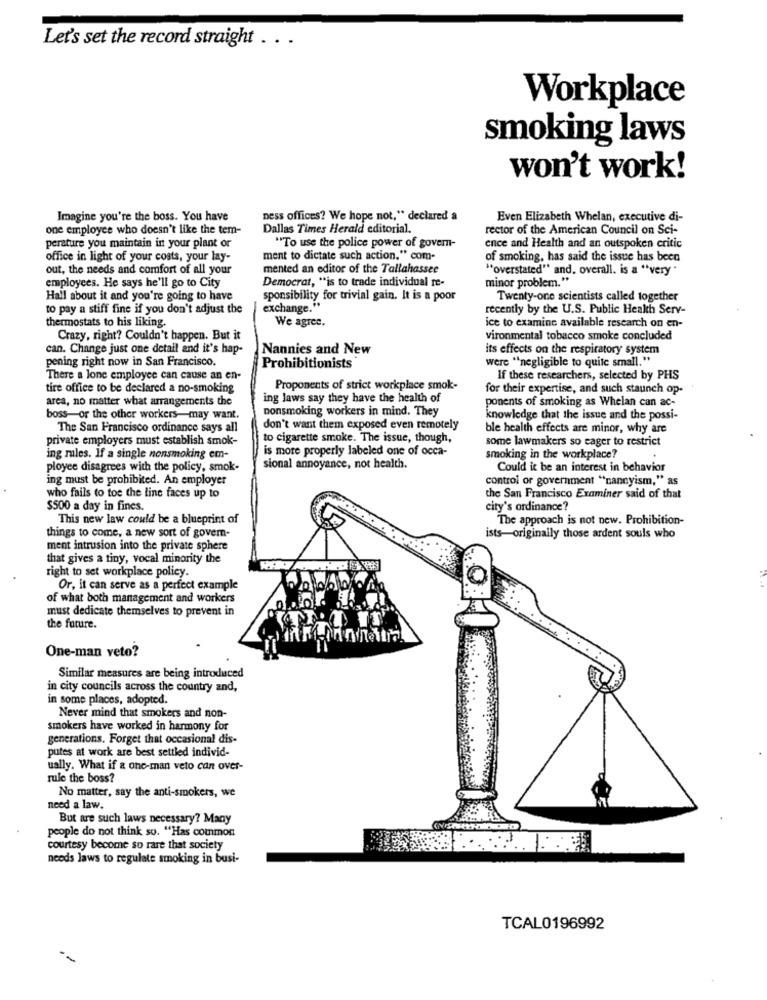
Let's set the record straight . . .
Workplace
smoking laws
won't work!
Imagine you're the boss. You have
ness offices? We hope not," declared a
Even Elizabeth Whelan, executive di-
one employee who doesn't like the tem-
Dallas Times Herald editorial.
rector of the American Council on Sci-
perature you maintain in your plant or
"To use the police power of govern-
ence and Health and an outspoken critic
office in light of your costs, your lay-
ment to dictate such action." com-
of smoking, has said the issue has been
out, the needs and comfort of all your
mented an editor of the Tallahassee
"overstated" and, overall. is a "very "
Democrat, "is to trade individual re-
minor problem."
employees. He says he'll go to City
Hall about it and you're going to have
sponsibility for trivial gain. It is a poor
Twenty-one scientists called together
to pay a stiff fine if you don't adjust the
exchange."
recently by the U.S. Public Health Serv-
thermostats to his liking.
We agree.
ice to examine available research on en-
Crazy, right? Couldn't happen. But it
vironmental tobacco smoke concluded
can. Change just one detail and it's hap-
Nannies and New
its effects on the respiratory system
pening right now in San Francisco.
were "negligible to quite small."
Prohibitionists
There a lone employee can cause an en-
If these researchers, selected by PHS
tire office to be declared a no-smoking
Proponents of strict workplace smok-
for their expertise, and such staunch op-
area, no matter what arrangements the
ing laws say they have the health of
nonsmoking workers in mind. They
ponents of smoking as Whelan can ac-
boss-or the other workers-may want.
knowledge that the issue and the possi-
The San Francisco ordinance says all
don't want them exposed even remotely
ble health effects are minor, why are
private employers must establish smok-
to cigarette smoke. The issue, though,
some lawmakers so eager to restrict
is more properly labeled one of occa-
ing mules. If a single nonsmoking em-
smoking in the workplace?
ployee disagrees with the policy, smok-
sional annoyance, not health.
Could it be an interest in behavior
ing must be prohibited. An employer
control or government "nannyism," as
who fails to toe the line faces up to
the San Francisco Examiner said of that
$500 a day in fines.
city's ordinance?
This new law could be a blueprint of
The approach is not new. Prohibition-
things to come, a new sort of govern-
ists-originally those ardent souls who
ment intrusion into the private sphere
that gives a tiny, vocal minority the
right to set workplace policy.
Or, it can serve as a perfect example
of what both management and workers
must dedicate themselves to prevent in
the future.
One-man veto?
Similar measures are being introduced
in city councils across the country and,
in some places, adopted.
Never mind that smokers and non-
smokers have worked in harmony for
generations. Forget that occasional dis-
putes at work are best settled individ-
ually. What if & one-man veto can over-
rule the boss?
No matter, say the anti-smokers, we
need a law.
But are such laws necessary? Many
people do not think so. "Has common
courtesy become so rare that society
needs laws to regulate smoking in busi-
TCAL0196992